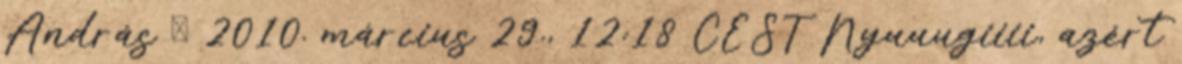
András → 2010. március 29., 12:18 CEST Nyuuugiiii, azért